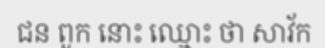
ជន ពួក នោះ ឈ្មោះ ថា សាវ័ក